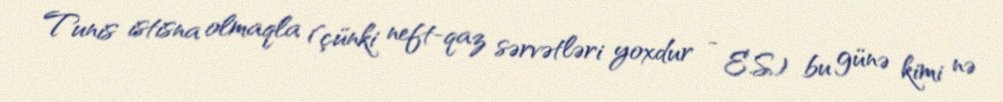
Tunis istisna olmaqla (çünki neft-qaz sərvətləri yoxdur - E.S) bu günə kimi nə